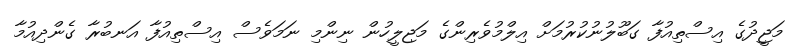
މަޖީދުގެ އިސްތިއުފާ ގަބޫލުނުކުރުމަށް އިލްމުވެރިންގެ މަޖިލީހުން ނިންމި ނަމަވެސް އިސްތިއުފާ އަނބުރާ ގެންދިއުމާ